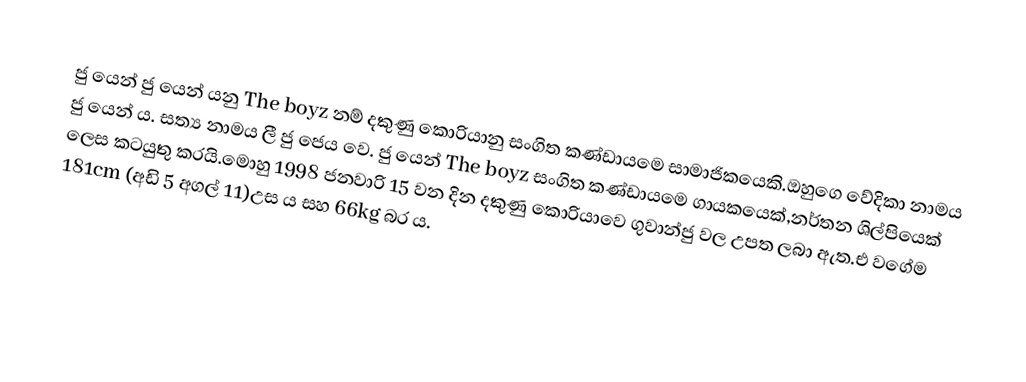
ජු යෙන් ජු යෙන් යනු The boyz නම් දකුණු කොරියානු සංගිත කණ්ඩායමෙ සාමාජිකයෙකි.ඔහුගෙ වේදිකා නාමය ජු යෙන් ය. සත්‍ය නාමය ලී ජු ජෙය වෙ. ජු යෙන් The boyz සංගිත කණ්ඩායමෙ ගායකයෙක්,නර්තන ශිල්පියෙක් ලෙස කටයුතු කරයි.මොහු 1998 ජනවාරි 15 වන දින දකුණු කොරියාවෙ ගුවාන්ජු වල උපත ලබා ඇත.එ වගේම 181cm (අඩි 5 අගල් 11)උස ය සහ 66kg බර ය.